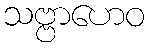
သဗ္ဗာဟေဝ